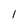
Character: l